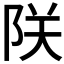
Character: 𫕀